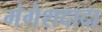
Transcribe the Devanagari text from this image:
मंगेशदादा